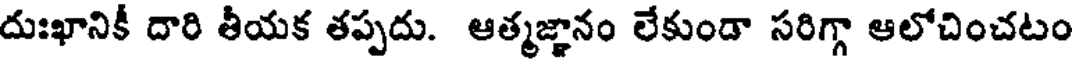
దుఃఖానికీ దారి తీయక తప్పదు. ఆత్మజ్ఞానం లేకుండా సరిగ్గా ఆలోచించటం